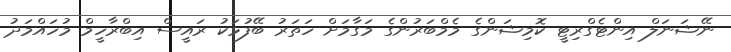
ނޭޝަނަލް އިންޓެގްރިޓީ ކޮމިޝަންގެ މެމްބަރުންގެ މަގާމަށް ހަތަރު ބޭފުޅަކު ރައީސް އިބްރާހީމް މުހައްމަދު